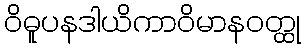
ဝိဓူပနဒါယိကာဝိမာနဝတ္ထု